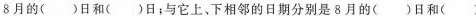
8月的()日和()日；与它上、下相邻的日期分别是8月的()日和()